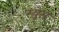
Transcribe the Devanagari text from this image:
रयूस